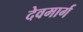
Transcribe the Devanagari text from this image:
देवमार्ग